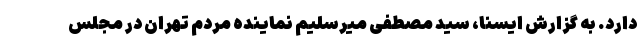
دارد. به گزارش ایسنا، سید مصطفی میرسلیم نماینده مردم تهران در مجلس